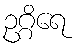
ဥဂ္ဂိရေ